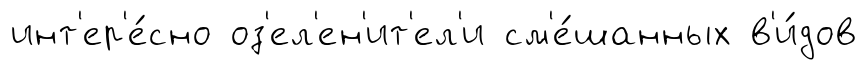
инт'ер'е́сно оз'ел'ен'ит'ел'и см'е́шанных в'и́дов